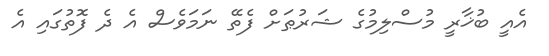
އެއީ ބުޚާރީ މުސްލިމުގެ ޝަރުޠަށް ފެތޭ ނަމަވެސް އެ ދެ ފޮތުގައި އެ